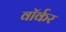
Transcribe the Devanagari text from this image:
वाॅर्कर